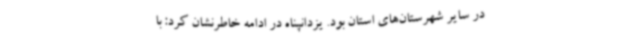
در سایر شهرستان‌های استان بود. یزدانپناه در ادامه خاطرنشان کرد: با